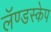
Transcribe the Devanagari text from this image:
लॅण्डस्केप